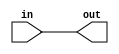
//Generated from netlist by SpyDrNet
//netlist name: FPGA88_SOFA_A
module direct_interc
(
    in,
    out
);

    input in;
    output out;

    wire in;
    wire out;

assign out = in;
endmodule